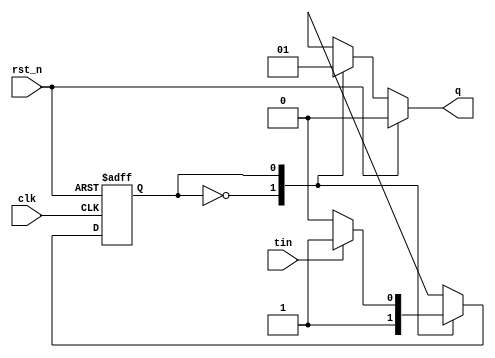
module hw10(tin, clk, rst_n, q);

	localparam s0   = 1'b0;
	localparam s1   = 1'b1;

	// Input Port(s)
	input tin;
	input clk;
	input rst_n;

	// Output Port(s)
	output reg q;
	
	reg cur_state, next_state;

	always @(posedge clk or posedge rst_n) begin
		if(rst_n)
			cur_state <= s0;
		else
			cur_state <= next_state;
	end
	
	always @(cur_state or tin) begin
	
		case(cur_state)
		
			s0: begin			
				next_state = s1;		
			end
			
			s1: begin			
				if(tin) next_state = s1;
				else next_state = s0;
			end
		endcase
	end
	
	always@(cur_state)begin
	
		if(rst_n) 
			q <= 1'b0;		
		else begin
			case(cur_state)
				s0:    q <= 1'b0;
				s1:    q <= 1'b1;
			endcase
		end
	end
endmodule